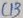
Text: C13